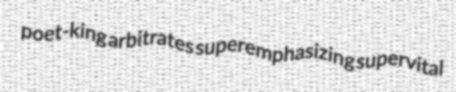
poet-king arbitrates superemphasizing supervital